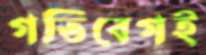
গতিবেগই